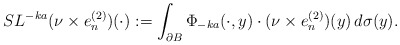
\begin{align*}SL^{-ka}(\nu\times e_n^{(2)})(\cdot) := \int_{\partial B}\Phi_{-ka}(\cdot, y)\cdot(\nu\times e_n^{(2)})(y)\,d\sigma(y).\end{align*}